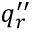
q _ { r } ^ { \prime \prime }